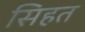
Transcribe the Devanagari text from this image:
सिहत